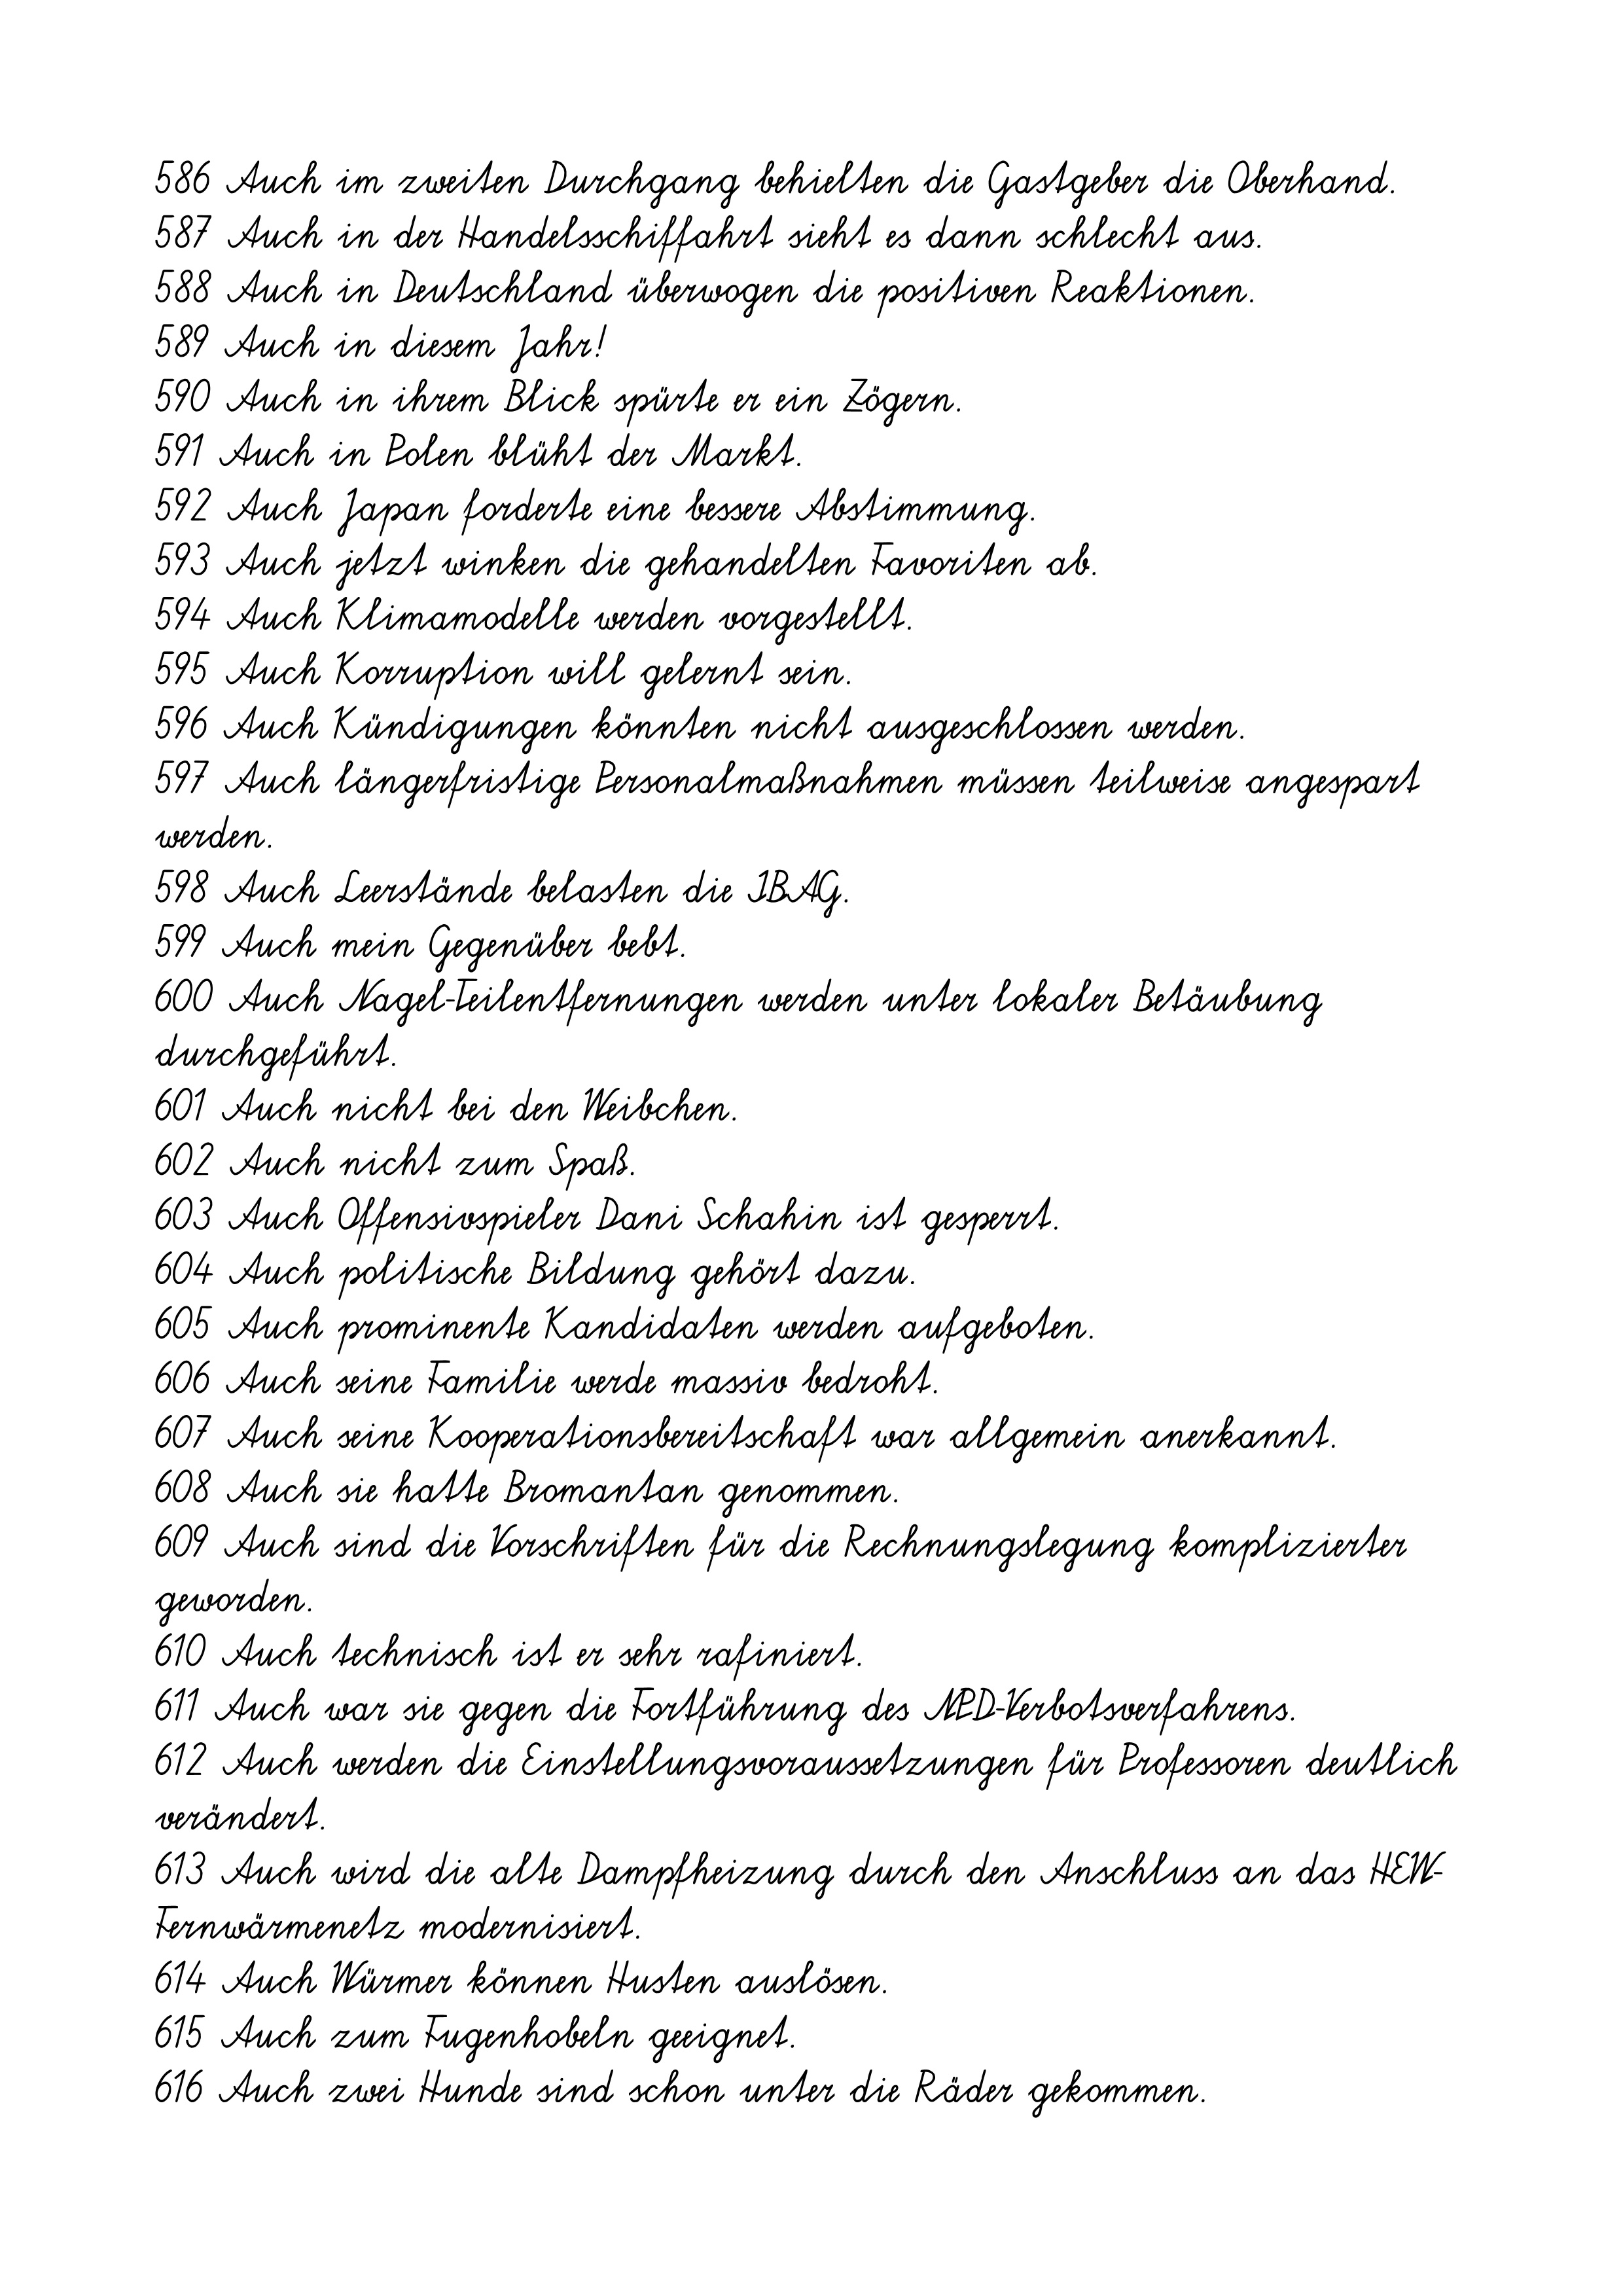
586 Auch im zweiten Durchgang behielten die Gastgeber die Oberhand.
587 Auch in der Handelsschiffahrt sieht es dann schlecht aus.
588 Auch in Deutschland überwogen die positiven Reaktionen.
589 Auch in diesem Jahr!
590 Auch in ihrem Blick spürte er ein Zögern.
591 Auch in Polen blüht der Markt.
592 Auch Japan forderte eine bessere Abstimmung.
593 Auch jetzt winken die gehandelten Favoriten ab.
594 Auch Klimamodelle werden vorgestellt.
595 Auch Korruption will gelernt sein.
596 Auch Kündigungen könnten nicht ausgeschlossen werden.
597 Auch längerfristige Personalmaßnahmen müssen teilweise angespart
werden.
598 Auch Leerstände belasten die IBAG.
599 Auch mein Gegenüber bebt.
600 Auch Nagel-Teilentfernungen werden unter lokaler Betäubung
durchgeführt.
601 Auch nicht bei den Weibchen.
602 Auch nicht zum Spaß.
603 Auch Offensivspieler Dani Schahin ist gesperrt.
604 Auch politische Bildung gehört dazu.
605 Auch prominente Kandidaten werden aufgeboten.
606 Auch seine Familie werde massiv bedroht.
607 Auch seine Kooperationsbereitschaft war allgemein anerkannt.
608 Auch sie hatte Bromantan genommen.
609 Auch sind die Vorschriften für die Rechnungslegung komplizierter
geworden.
610 Auch technisch ist er sehr rafiniert.
611 Auch war sie gegen die Fortführung des NPD-Verbotsverfahrens.
612 Auch werden die Einstellungsvoraussetzungen für Professoren deutlich
verändert.
613 Auch wird die alte Dampfheizung durch den Anschluss an das HEW-
Fernwärmenetz modernisiert.
614 Auch Würmer können Husten auslösen.
615 Auch zum Fugenhobeln geeignet.
616 Auch zwei Hunde sind schon unter die Räder gekommen.